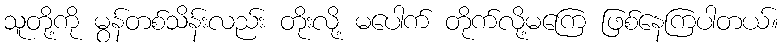
သူတို့ကို မွန်တစ်သိန်းလည်း တိုးလို့ မပေါက် တိုက်လို့မကြေ ဖြစ်နေကြပါတယ်။